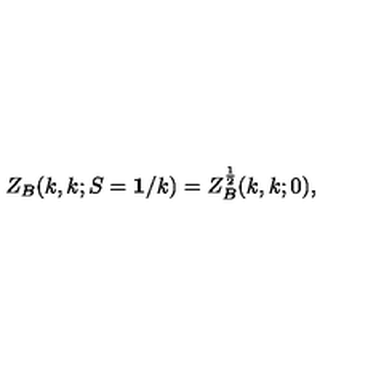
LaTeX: Z _ { B } ( k , k ; S = { \bf 1 } / k ) = Z _ { B } ^ { \frac { 1 } { 2 } } ( k , k ; 0 ) ,